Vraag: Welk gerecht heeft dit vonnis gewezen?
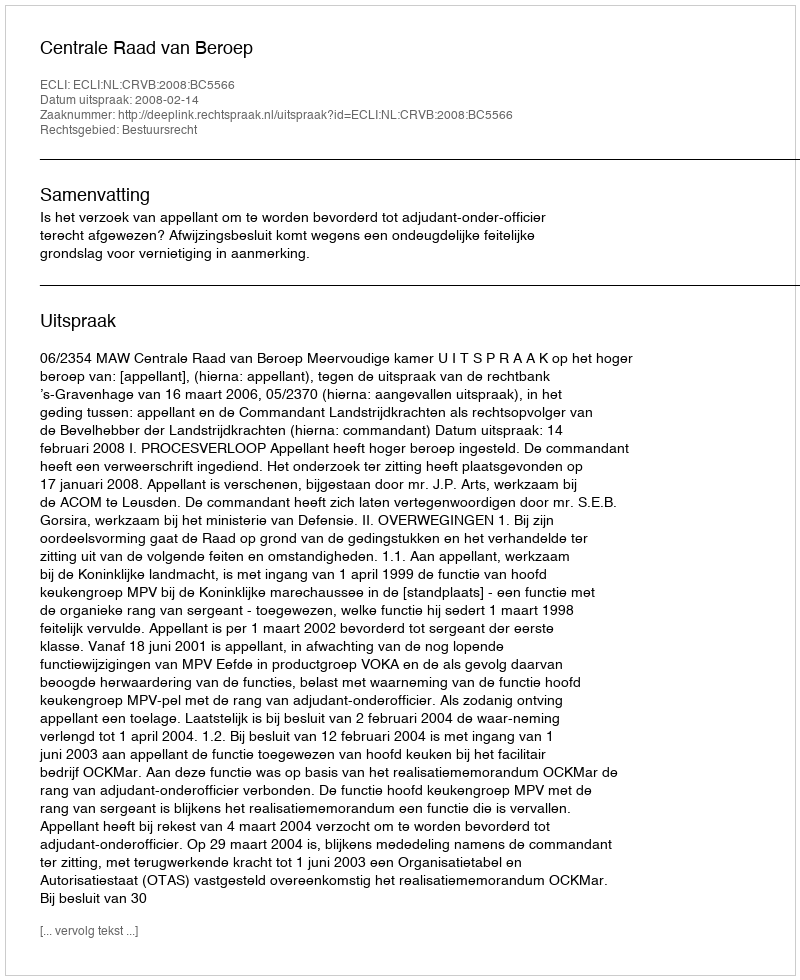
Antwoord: Centrale Raad van Beroep